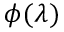
\phi ( \lambda )